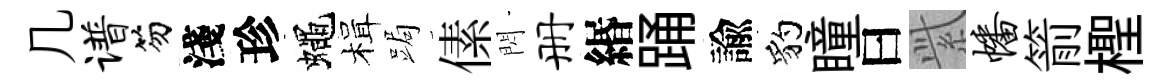
几谱笏淺珍蠅楫跼傃閃册緡踊諭豹瞳曰𬗋幡箭檉